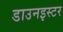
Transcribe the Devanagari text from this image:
डाउनइस्टर